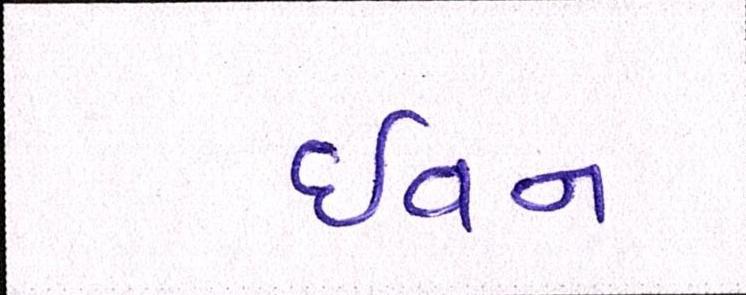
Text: ઇવન